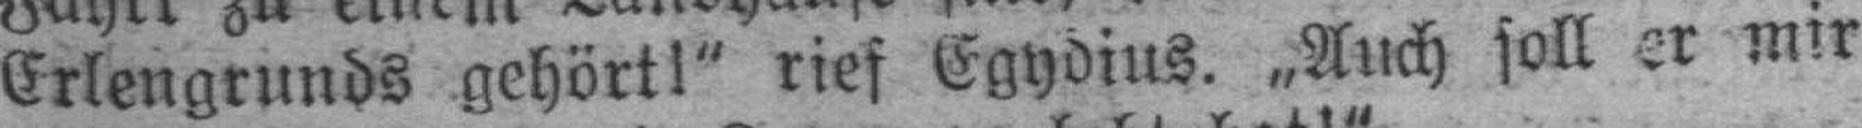
Erlengrunds gehört!“ rief Egydius. „Auch soll er mir